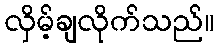
လှိမ့်ချလိုက်သည်။